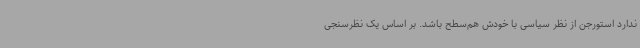
ندارد استورجن از نظر سیاسی با خودش هم‌سطح باشد. بر اساس یک نظرسنجی